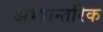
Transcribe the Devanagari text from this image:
अभ्यान्तरिक